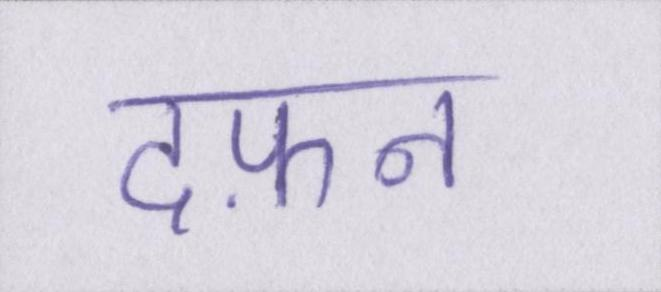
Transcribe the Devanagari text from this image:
दफ़न